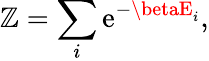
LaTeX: \mathbb{Z}=\sum_{i}\mathrm{{e}}^{-\betaE_{i}},